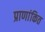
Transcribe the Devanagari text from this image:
प्राणांकित